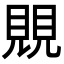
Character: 覞